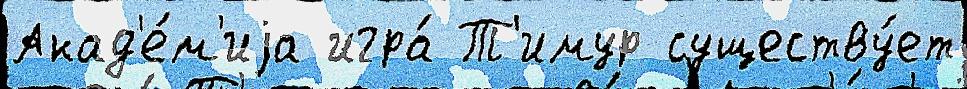
Акад'е́м'иjа игра́ Т'имур существу́ет